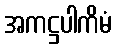
အကဋ္ဌပါကိမံ